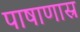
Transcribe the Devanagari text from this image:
पाषाणास्र